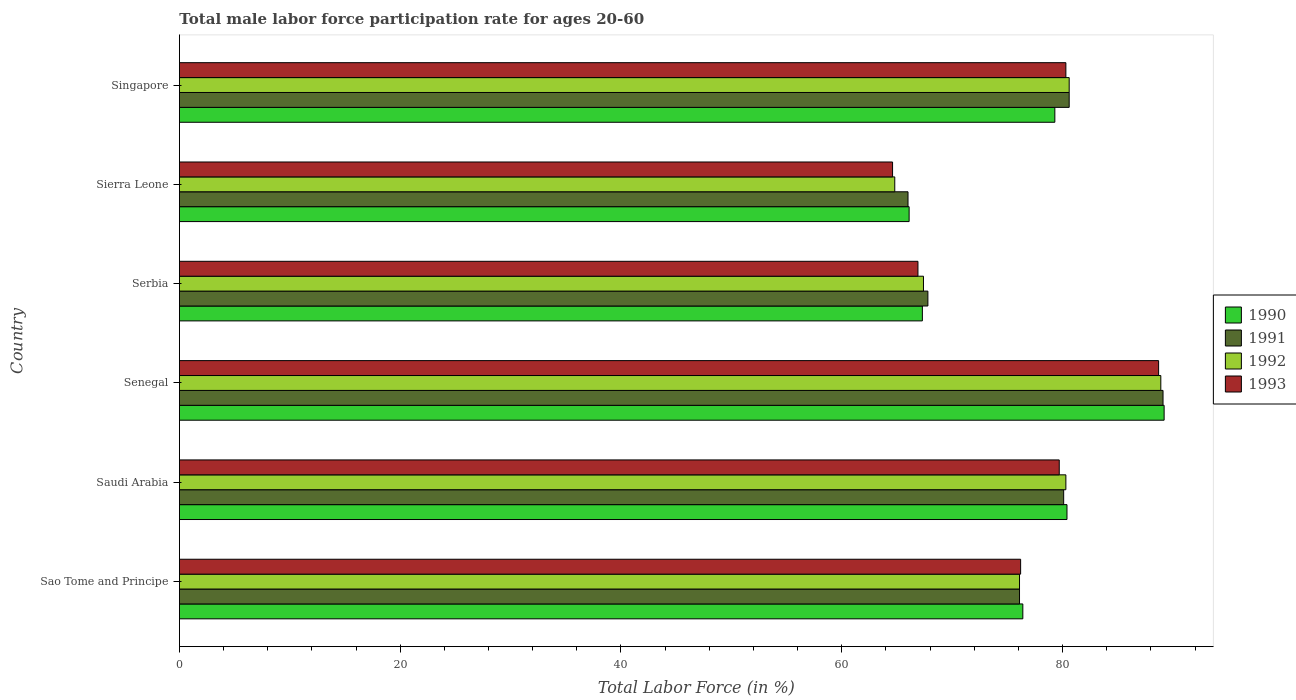
| Country | 1990 | 1991 | 1992 | 1993 |
 | --- | --- | --- | --- | --- |
 | Sao Tome and Principe | 76.4 | 76.1 | 76.1 | 76.2 |
 | Saudi Arabia | 80.4 | 80.1 | 80.3 | 79.7 |
 | Senegal | 89.2 | 89.1 | 88.9 | 88.7 |
 | Serbia | 67.3 | 67.8 | 67.4 | 66.9 |
 | Sierra Leone | 66.1 | 66 | 64.8 | 64.6 |
 | Singapore | 79.3 | 80.6 | 80.6 | 80.3 |